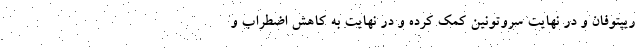
ریپتوفان و در نهایت سروتونین کمک کرده و در نهایت به کاهش اضطراب و